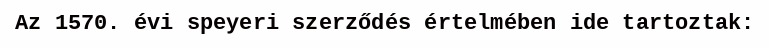
Az 1570. évi speyeri szerződés értelmében ide tartoztak: